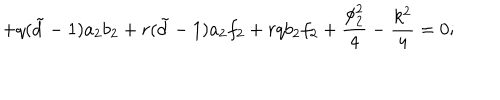
+ q ( { \tilde { d } } - 1 ) a _ { 2 } b _ { 2 } + r ( { \tilde { d } } - 1 ) a _ { 2 } f _ { 2 } + r q b _ { 2 } f _ { 2 } + \frac { \phi _ { 2 } ^ { 2 } } { 4 } - \frac { k ^ { 2 } } { 4 } = 0 ;